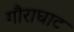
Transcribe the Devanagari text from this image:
गौराघाट